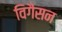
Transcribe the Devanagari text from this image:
विगैसन